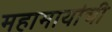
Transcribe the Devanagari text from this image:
महामायांची